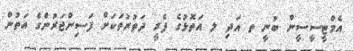
އެމްޓީސީސީން ބުނީ ތ އަދި ލ އަތޮޅުގެ ފެރީ ދަތުރުތަކަށް ފަސިންޖަރުންގެ އަތުން